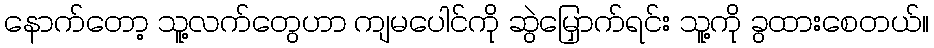
နောက်တော့ သူ့လက်တွေဟာ ကျမပေါင်ကို ဆွဲမြှောက်ရင်း သူ့ကို ခွထားစေတယ်။